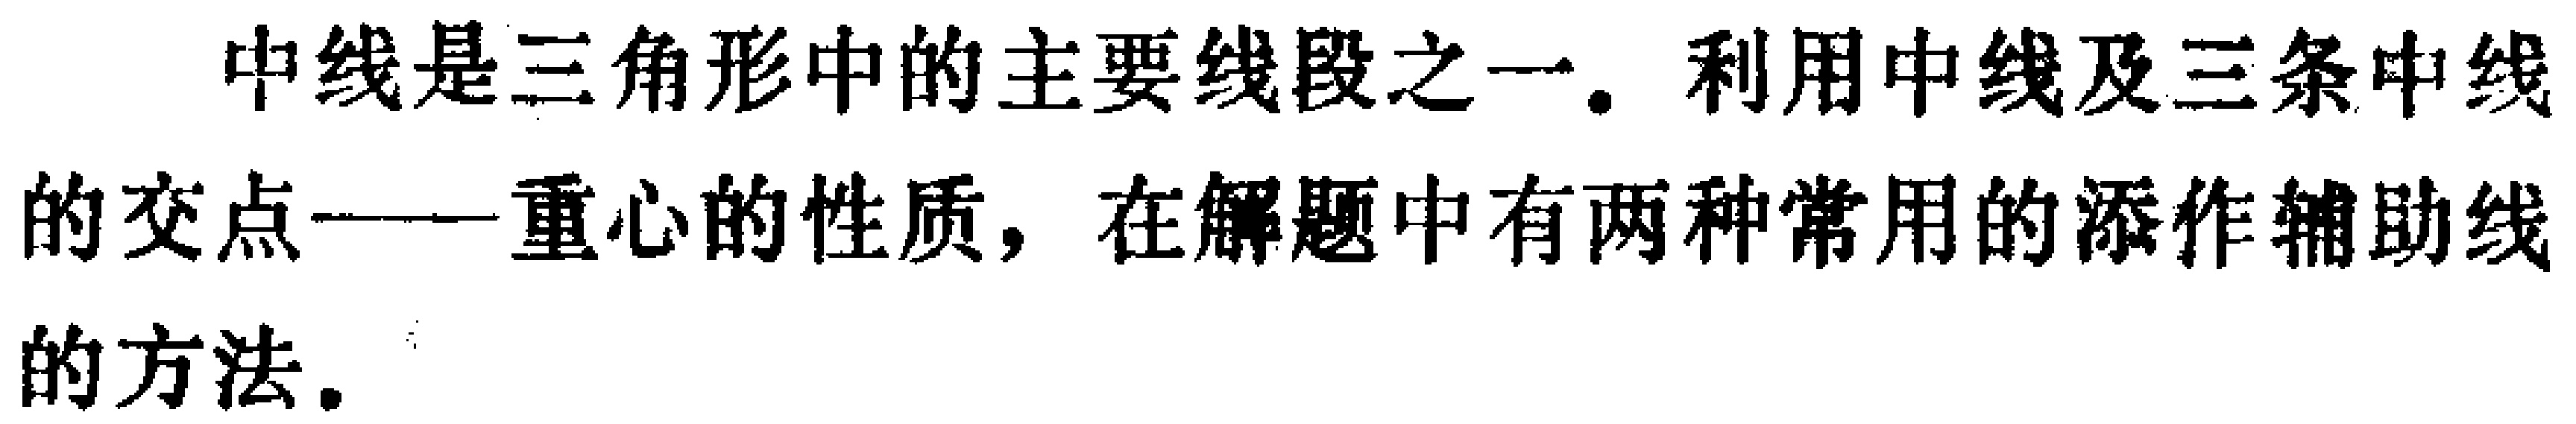
中线是三角形中的主要线段之一。利用中线及三条中线的交点——重心的性质，在解题中有两种常用的添作辅助线的方法。